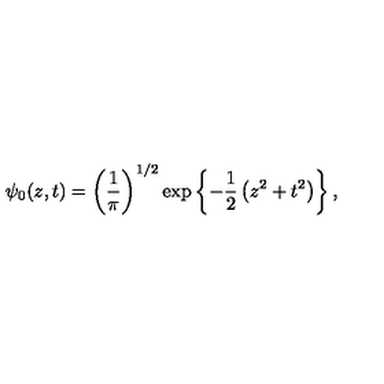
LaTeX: \psi _ { 0 } ( z , t ) = \left( { \frac { 1 } { \pi } } \right) ^ { 1 / 2 } \exp \left\{ - { \frac { 1 } { 2 } } \left( z ^ { 2 } + t ^ { 2 } \right) \right\} ,